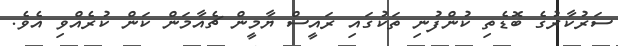
ސަރުކާރުގެ ބޮޑެތި ކުންފުނި ތަކުގައި ރައީސް ޔާމީން ޗެއާމަން ކަން ކުރެއްވި އެވެ.